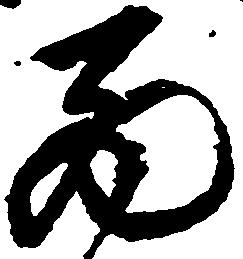
西